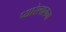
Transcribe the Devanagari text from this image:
प्यारेलालना